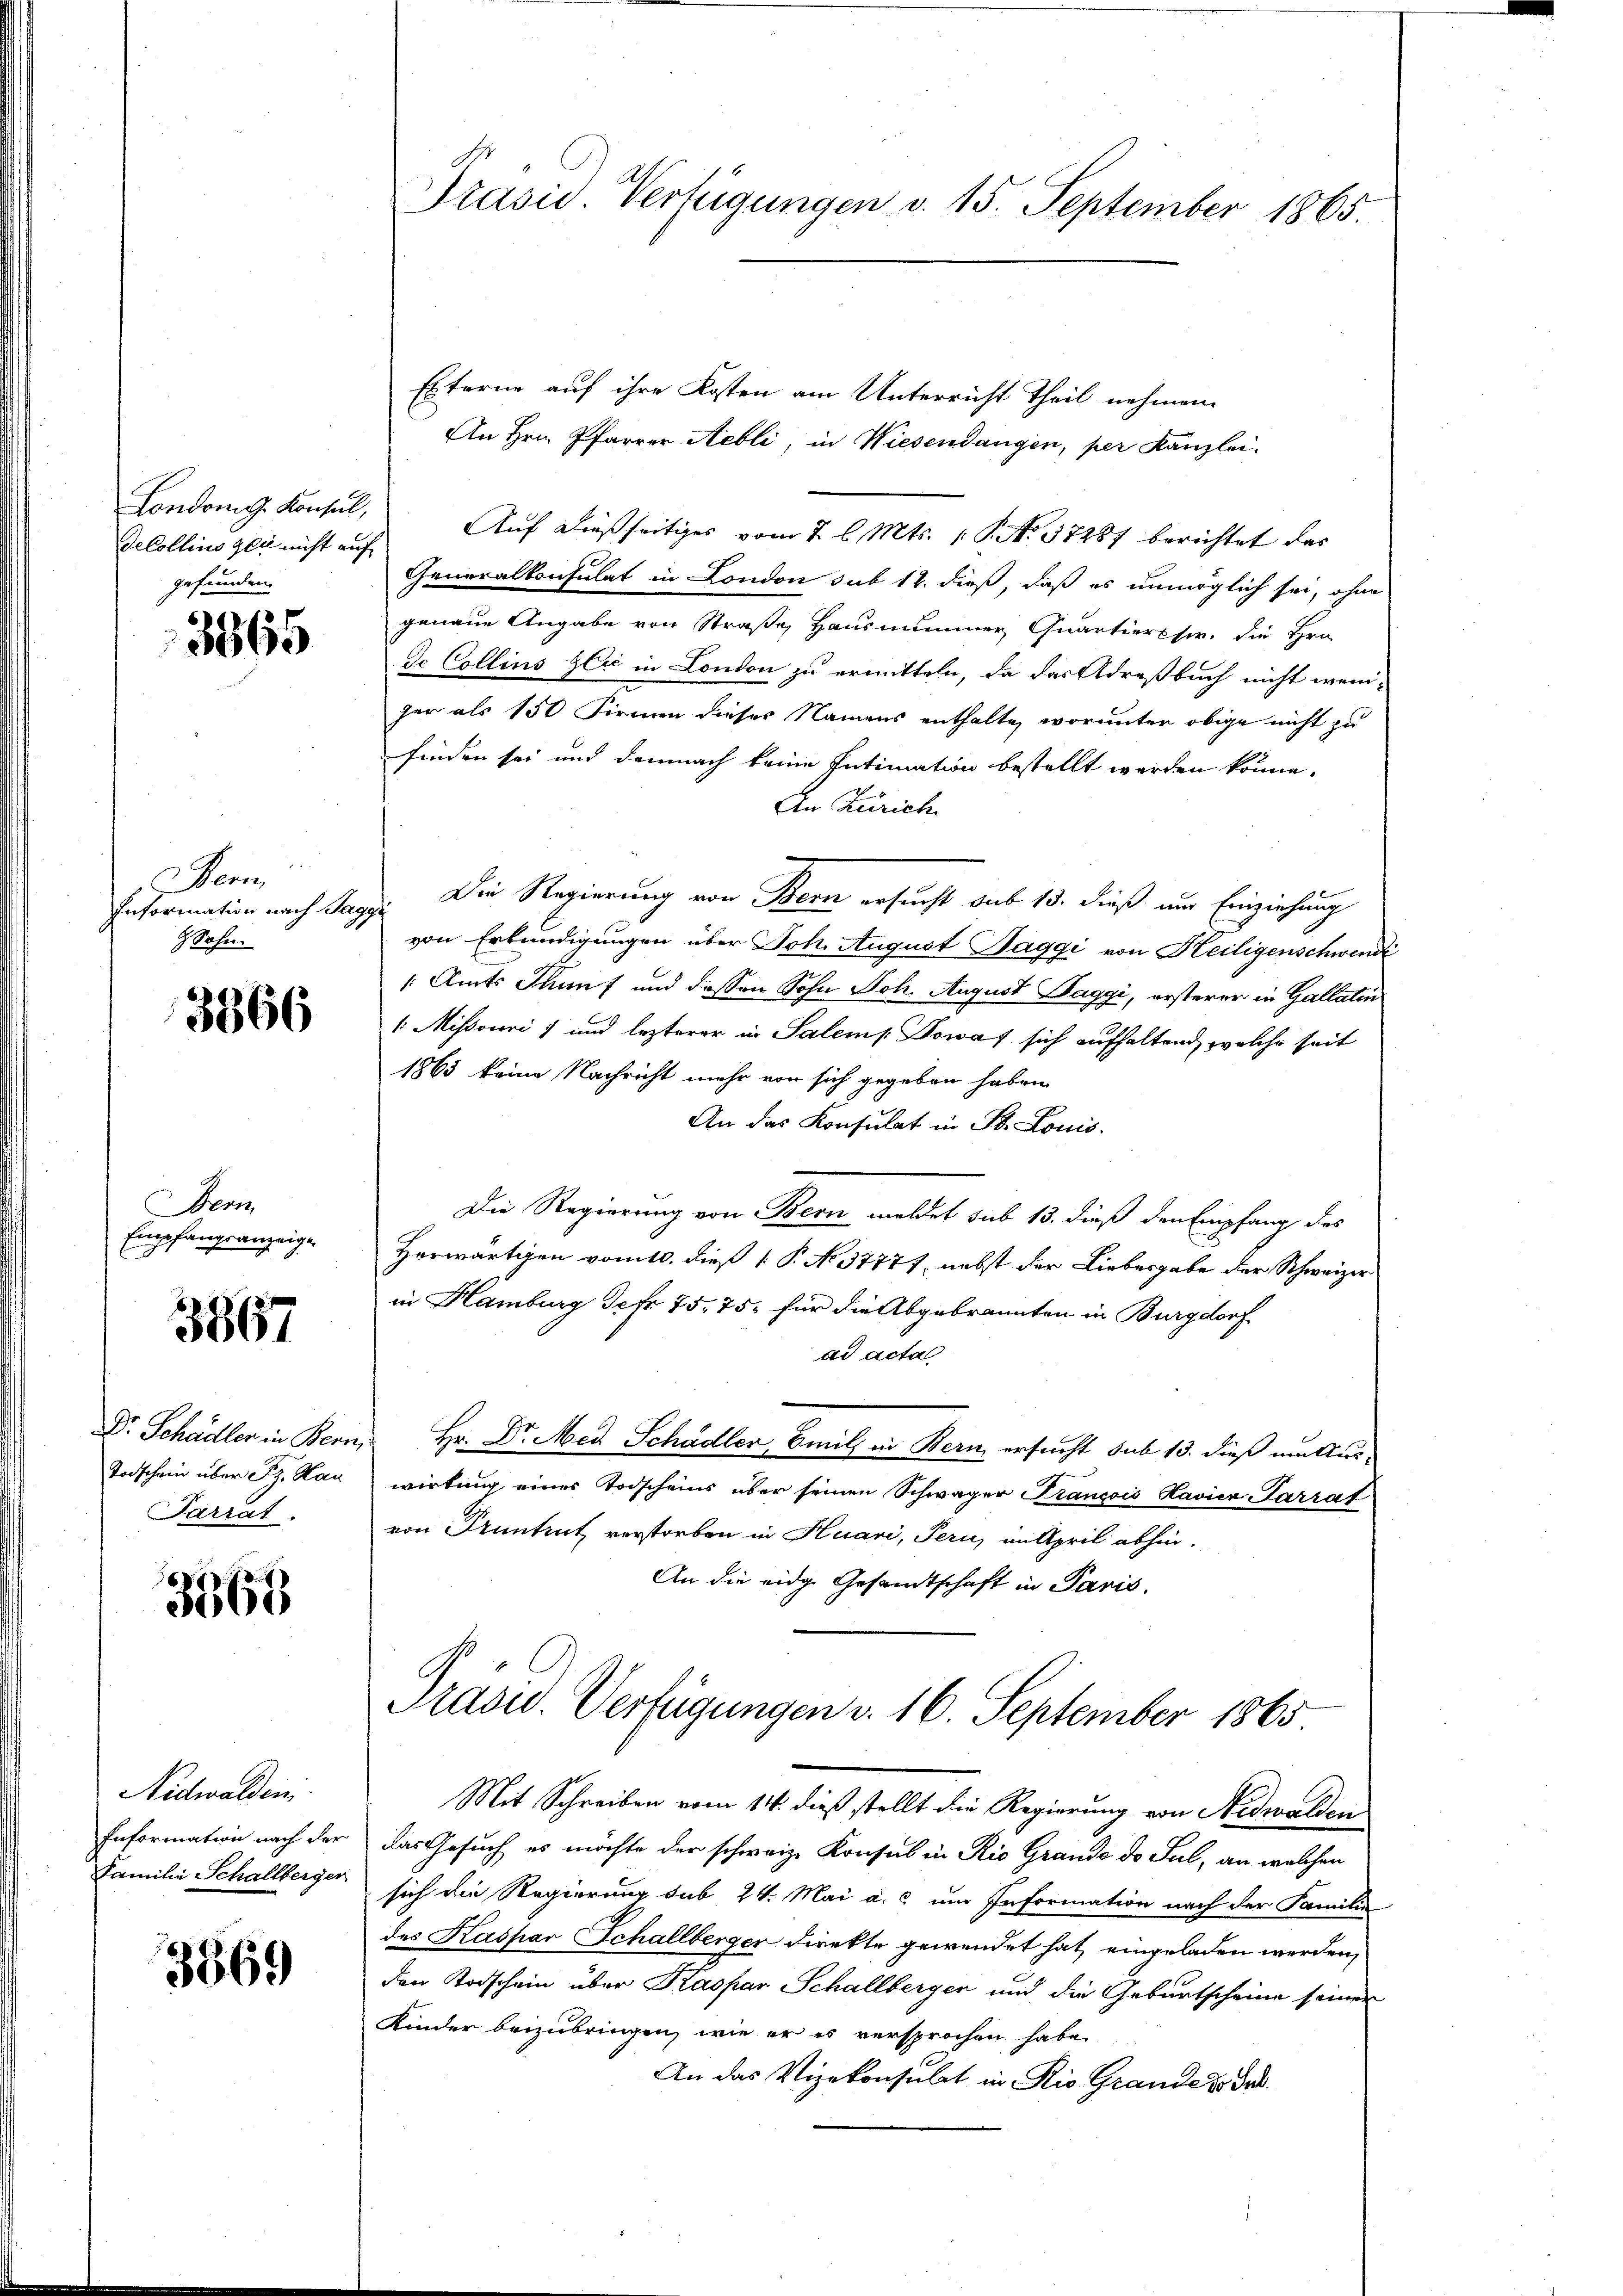
Londom g. Konsul,
Decollins gli nicht auf
gefunden.

3865

Nenn
Information nach Tag
Sohn.

3866

er
Empfangsanzeige

3867

Dr. Schädler in Bern,
Todschein über Sz. Hau
Parrat.

3366

Nidwalden,
Information nach der
Familie Schallberger

3369

Präsid. Verfügungen v. 15. September 1865

Externe auf ihre Kosten am Unterricht Theil nehmen.
An Hrn. Pfarrer Aebli, in Wiesendangen, per Kanzlei.
Auf dießseitiges vom 2. l. Mts. 1. No. 37287 berichtet das
Generalkonsulat in London sub 12. dieß, daß es unmöglich sei, ohne
genaue Angabe von Straße, Hausnimmer Quartierser, die Hrn.
Je Collins zec in London zu ermitteln, da das Adresbuch nicht weni-
ger als 150 Firmen dieses Namens enthalte, worunter obige nicht zu
finden sei und demnach keine Intimation bestellt werden könne.
An Zürich
Die Regierung von Bern ersucht sub 15. dieß um Einziehung
f
von Erkundigungen über Joh. August Saggi von Heiligenschwend
" Amts Thunf und dessen Sohn Joh. August Saggi, ersterer in Gallatin
1 Missouri) und lezterer in Salem. Sowaf sich aufhaltend, welche seit
1865 keine Nachricht mehr von sich gegeben haben
An das Konsulat in St. Louis.
Die Regierung von Bern meldet sub 13. dieß den Empfang des
Herwärtigen vom 10. dieß 1 P. No 37777, nebst der Liebesgabe der Schweizer
in Hamburg Jefr. 75. 75. für die Abgebrannten in Burgdorf
ad acta
Hr. Dr Med Schädler, Emil in Bern, ersucht sub 13. dieß müller
wirkung einer Todscheins über seinen Schwäger Trancois Ravier Parrat
von Pruntrut verstorben in Huari, Pern, in April abhin.
An die eidge Gesandtschaft in Paris,
Präsid. Verfügungen v. 16. September 1865
Mit Schreiben vom 14. dieß stellt die Regierung von Nidwalden
das Gesuch, es möchte der schweiz. Konsul in Rio Grande de Sul, an welchen
sich die Regierung sub 24. Mai a. c. um Information nach der Familie
des Kaspar Schallberger direkte gewendet hat, eingeladen werden,
den Todschein über Kaspar Schallberger und die Geburtscheine seiner
Kinder beizubringen, wie er es versprochen habe.
An das Vizekonsulat in Rio Grande so de